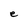
Character: e